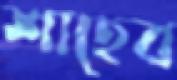
শাহেব